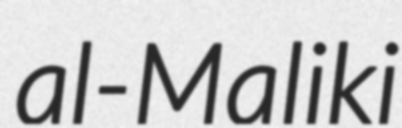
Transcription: al-Maliki